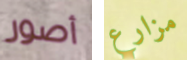
أصور مزارع